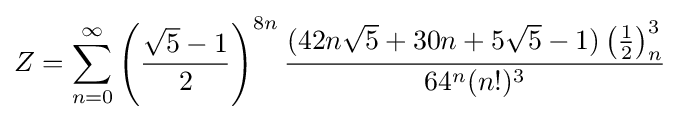
Z=\sum _{n=0}^{\infty }\left({\frac {{\sqrt {5}}-1}{2}}\right)^{8n}{\frac {(42n{\sqrt {5}}+30n+5{\sqrt {5}}-1)\left({\frac {1}{2}}\right)_{n}^{3}}{{64^{n}}(n!)^{3}}}